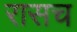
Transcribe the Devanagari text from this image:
रासच